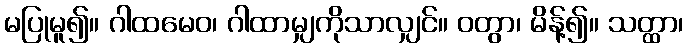
မပြုမူ၍။ ဂါထမေဝ၊ ဂါထာမျှကိုသာလျှင်။ ဝတွာ၊ မိန့်၍။ သတ္ထာ၊